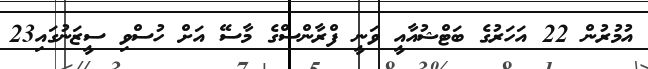
އުމުރުން 22 އަހަރުގެ ބަޓްޝުއާއީ ވަނީ ފްރާންސްގެ މާސޭ އަށް ހުސްވި ސީޒަނުގައި23